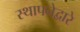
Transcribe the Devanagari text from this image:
स्थापनेद्वारे